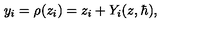
y _ { i } = \rho ( z _ { i } ) = z _ { i } + Y _ { i } ( z , \hbar ) ,